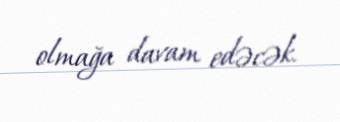
olmağa davam edəcək.